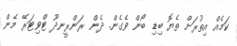
ކަމެއް އިތުރަށް ތެޔޮ ބިޑި ބޯން ވެގެން. ދެން ރަންރީނދޫ ޓްވިޓަރޭ މެން